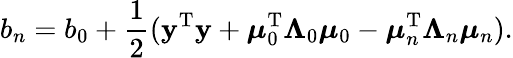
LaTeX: b_{n}=b_{0}+{\frac{1}{2}}(\mathbf{y}^{\mathrm{{T}}}\mathbf{y}+{\boldsymbol{\mu}}_{0}^{\mathrm{{T}}}{\boldsymbol{\Lambda}}_{0}{\boldsymbol{\mu}}_{0}-{\boldsymbol{\mu}}_{n}^{\mathrm{{T}}}{\boldsymbol{\Lambda}}_{n}{\boldsymbol{\mu}}_{n}).